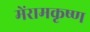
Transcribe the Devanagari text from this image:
मेंरामकृष्ण